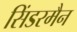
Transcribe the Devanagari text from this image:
सिंडरमैन